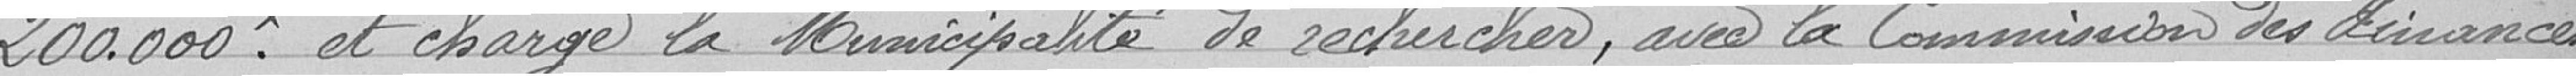
200 000 francs et charge la municipalité de recherches, avec la Commission des Finances,